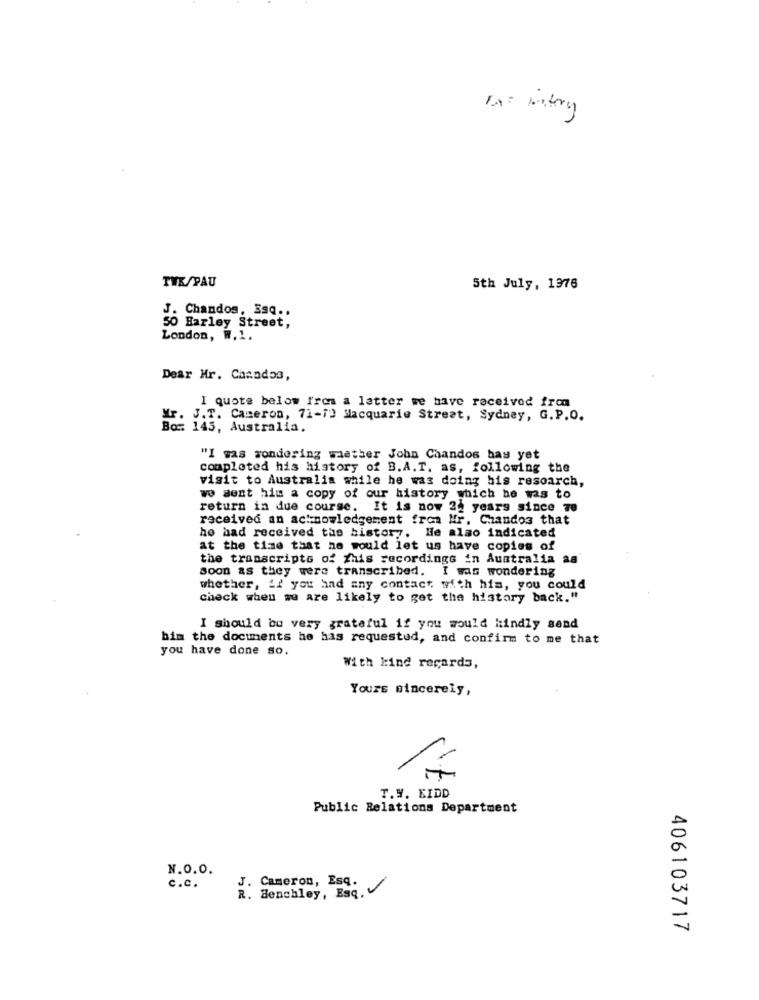
THE/PAU
5th July, 1976
J. Chandos, Esq ..
50 Harley Street,
London, W.1.
Dear Mr. Chandos,
I quote below fres a letter we have received from
Mr. J.T. Cameron, 71-1) Macquarie Street, Sydney, G.P.O.
Bo: 145, Australia.
"I was wondering waather John Chandos bay yet
completed his history of B.A.T. as, following the
visit to Australia while he was doing his resoarch,
wo sent him a copy of our history which he was to
return in due course. It is now 22 years since Te
received an acknowledgement from Nr. Chandos that
he had received the history. He also indicated
at the time that ne would let us have copies of
the transcripts of this recordings in Australia aa
soon as they were transcribed. I was wondering
whether, if you had any contact with him, you could
check when we are likely to get the history back."
I should be very grateful if you would kindly send
bim the documents he has requested, and confirm to me that
you have done so.
With kind regards,
Yours sincerely,
T.V. KIDD
Public Relations Department
N.O.0.
J. Cameron, Esq.
c.c.
R. Benchley, Esq.
406103717